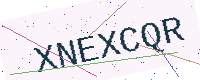
Text: XNEXCQR